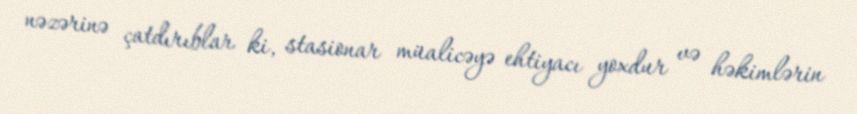
nəzərinə çatdırıblar ki, stasionar müalicəyə ehtiyacı yoxdur və həkimlərin